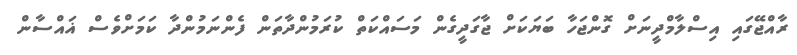
ރާއްޖޭގައި އިސްލާމްދީނަށް ގޮންޖަހާ ބަޔަކަށް ޖާގަދީގެން މަސައްކަތް ކުރަމުންދާތަން ފެންނަމުންދާ ކަމަށްވެސް ޣައްސާން